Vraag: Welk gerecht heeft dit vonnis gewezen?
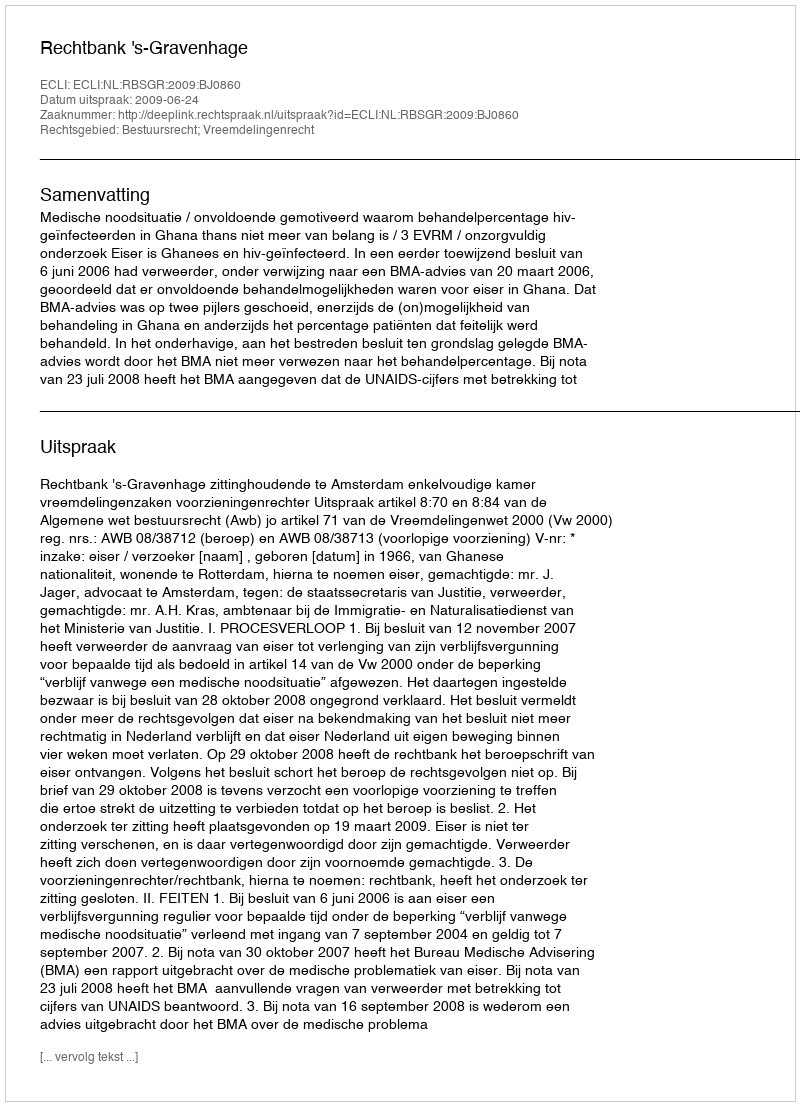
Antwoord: Rechtbank 's-Gravenhage